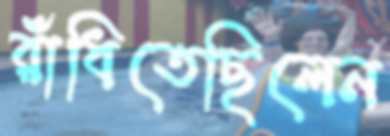
রাঁধিতেছিলেন